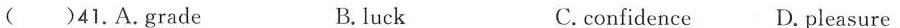
( )41.A.Grade B.luck C.confidence D. Pleasure